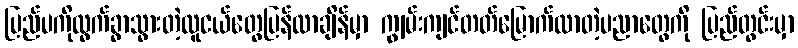
ပြည်ပကိုထွက်ခွာသွားတဲ့လူငယ်တွေပြန်လာချိန်မှာ ကျွမ်းကျင်တတ်မြောက်လာတဲ့ပညာတွေကို ပြည်တွင်းမှာ